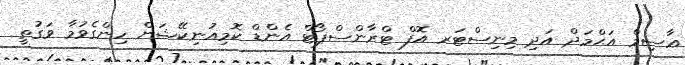
ޢާސިމް އަޙްމަދް އަދި މިނިސްޓަރ އޮފް ޓްރާންސްޕޯޓް އެންޑް ކޮމިއުނިކޭޝަން ހިންގެވުމާ ވަގުތީ